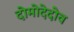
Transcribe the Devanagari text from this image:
दोमोदेदोव